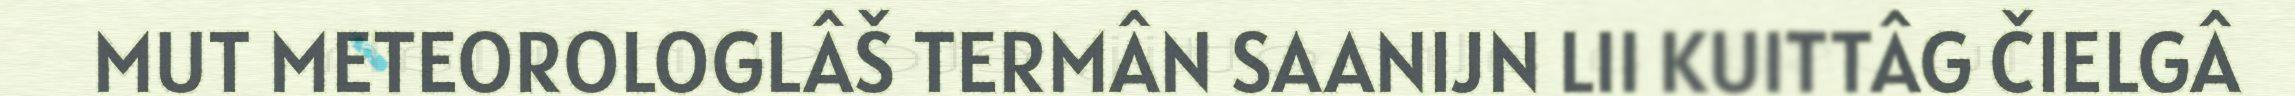
MUT METEOROLOGLÂŠ TERMÂN SAANIJN LII KUITTÂG ČIELGÂ